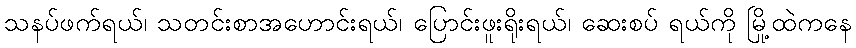
သနပ်ဖက်ရယ်၊ သတင်းစာအဟောင်းရယ်၊ ပြောင်းဖူးရိုးရယ်၊ ဆေးစပ် ရယ်ကို မြို့ထဲကနေ